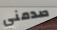
صدمني